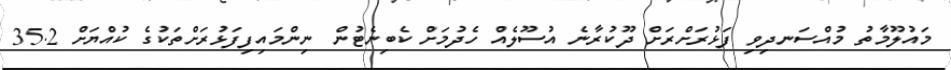
މައުލޫމާތު މުއްސަނދިވި ފަޅުރަށްރަށް ދޫކުރާނެ އުސޫލެއް ހެދުމަށް ކެބިނެޓުން ނިންމައިފިފަޅުރަށްތަކުގެ ކުއްޔަށް 35.2